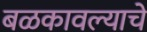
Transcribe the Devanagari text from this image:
बळकावल्याचे